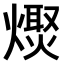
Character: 𤏌